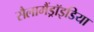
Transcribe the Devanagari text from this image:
सैलामैंड्रॉइडिया